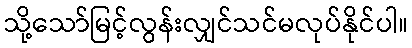
သို့သော်မြင့်လွန်းလျှင်သင်မလုပ်နိုင်ပါ။